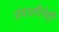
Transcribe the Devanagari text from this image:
ग्रंथालीनेही